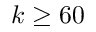
k \geq 6 0